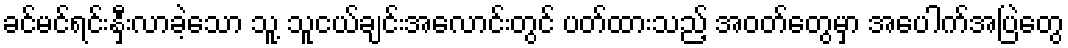
ခင်မင်ရင်းနှီးလာခဲ့သော သူ့ သူငယ်ချင်းအလောင်းတွင် ပတ်ထားသည့် အဝတ်တွေမှာ အပေါက်အပြဲတွေ